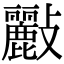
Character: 𣀷